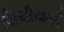
ચિચીયારી